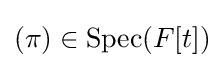
(\pi )\in {\text{Spec}}(F[t])